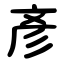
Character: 彥